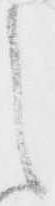
之